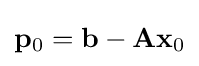
\mathbf {p} _{0}=\mathbf {b} -\mathbf {Ax} _{0}